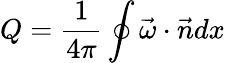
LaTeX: Q=\frac{1}{4\pi}\oint\vec{\omega}\cdot\vec{n}dx